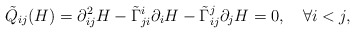
\begin{align*} \tilde{Q}_{ij}(H)=\partial^2_{ij}H-\tilde{\Gamma}^i_{ji}\partial_iH-\tilde{\Gamma}^j_{ij}\partial_jH=0,\quad\forall i<j, \end{align*}